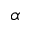
\alpha